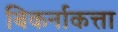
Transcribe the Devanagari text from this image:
बिकर्नाकत्ता